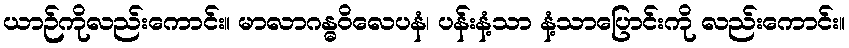
ယာဉ်ကိုလည်းကောင်း။ မာလာဂန္ဓဝိလေပနံ၊ ပန်းနံ့သာ နံ့သာပြောင်းကို လည်းကောင်း။